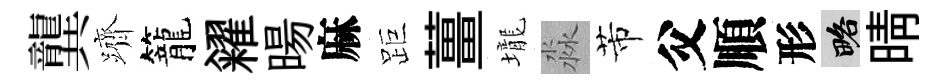
龔躋籠糴暘麻距薑壠淼芾父順形略晴